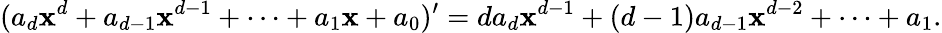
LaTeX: (a_{d}\mathbf{x}^{d}+a_{d-1}\mathbf{x}^{d-1}+\cdots+a_{1}\mathbf{x}+a_{0})^{\prime}=da_{d}\mathbf{x}^{d-1}+(d-1)a_{d-1}\mathbf{x}^{d-2}+\cdots+a_{1}.